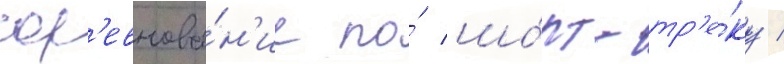
сор'евнова́н'ие по́ шо́рт-тр'е́ку /